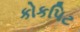
કોકપિટ